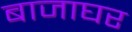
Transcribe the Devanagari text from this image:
बाजाघर